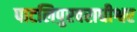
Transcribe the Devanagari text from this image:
पाटलिपुरवराधीश्वर